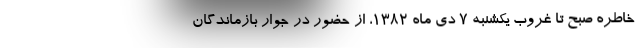
خاطره صبح تا غروب يكشنبه 7 دي ماه 1382، از حضور در جوار بازماندگان